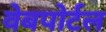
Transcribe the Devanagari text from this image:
वेबपोर्टल